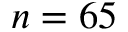
n = 6 5